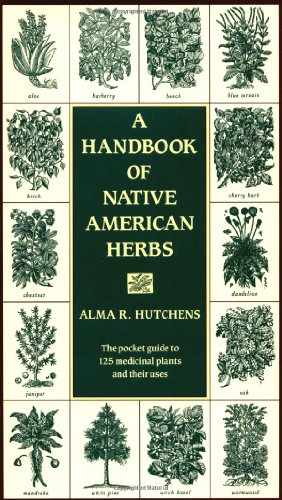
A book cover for A Handbook of Native American Herbs (Healing Arts); Alma R. Hutchens; Crafts, Hobbies & Home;